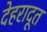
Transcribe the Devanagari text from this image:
देहरादूत